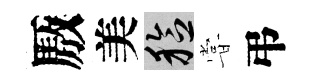
厫美稔甞弔